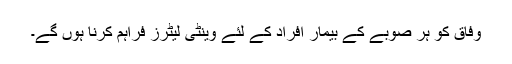
وفاق کو ہر صوبے کے بیمار افراد کے لئے وینٹی لیٹرز فراہم کرنا ہوں گے۔